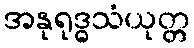
အနုရုဒ္ဓသံယုတ္တ